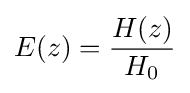
E(z)={\frac {H(z)}{H_{0}}}